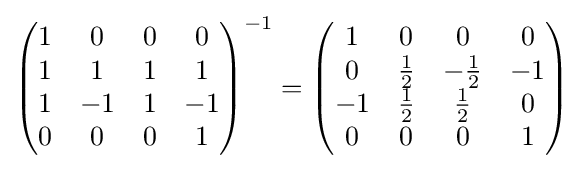
\left({\begin{matrix}1&0&0&0\\1&1&1&1\\1&-1&1&-1\\0&0&0&1\end{matrix}}\right)^{-1}=\left({\begin{matrix}1&0&0&0\\0&{\tfrac {1}{2}}&-{\tfrac {1}{2}}&-1\\-1&{\tfrac {1}{2}}&{\tfrac {1}{2}}&0\\0&0&0&1\end{matrix}}\right)